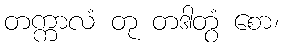
တက္ကာလံ တု တဒါတွံ စော၊